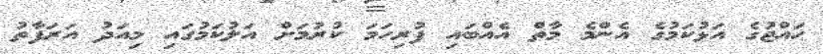
ޙައްޖުގެ އަޅުކަމުގެ އެންމެ މާތް އެއްބައި ފުރިހަމަ ކުރުމަށް އަލުކަމުގައި މިއަދު އަރަފާތު